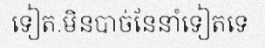
ទៀត.មិនបាច់នែនាំទៀតទេ